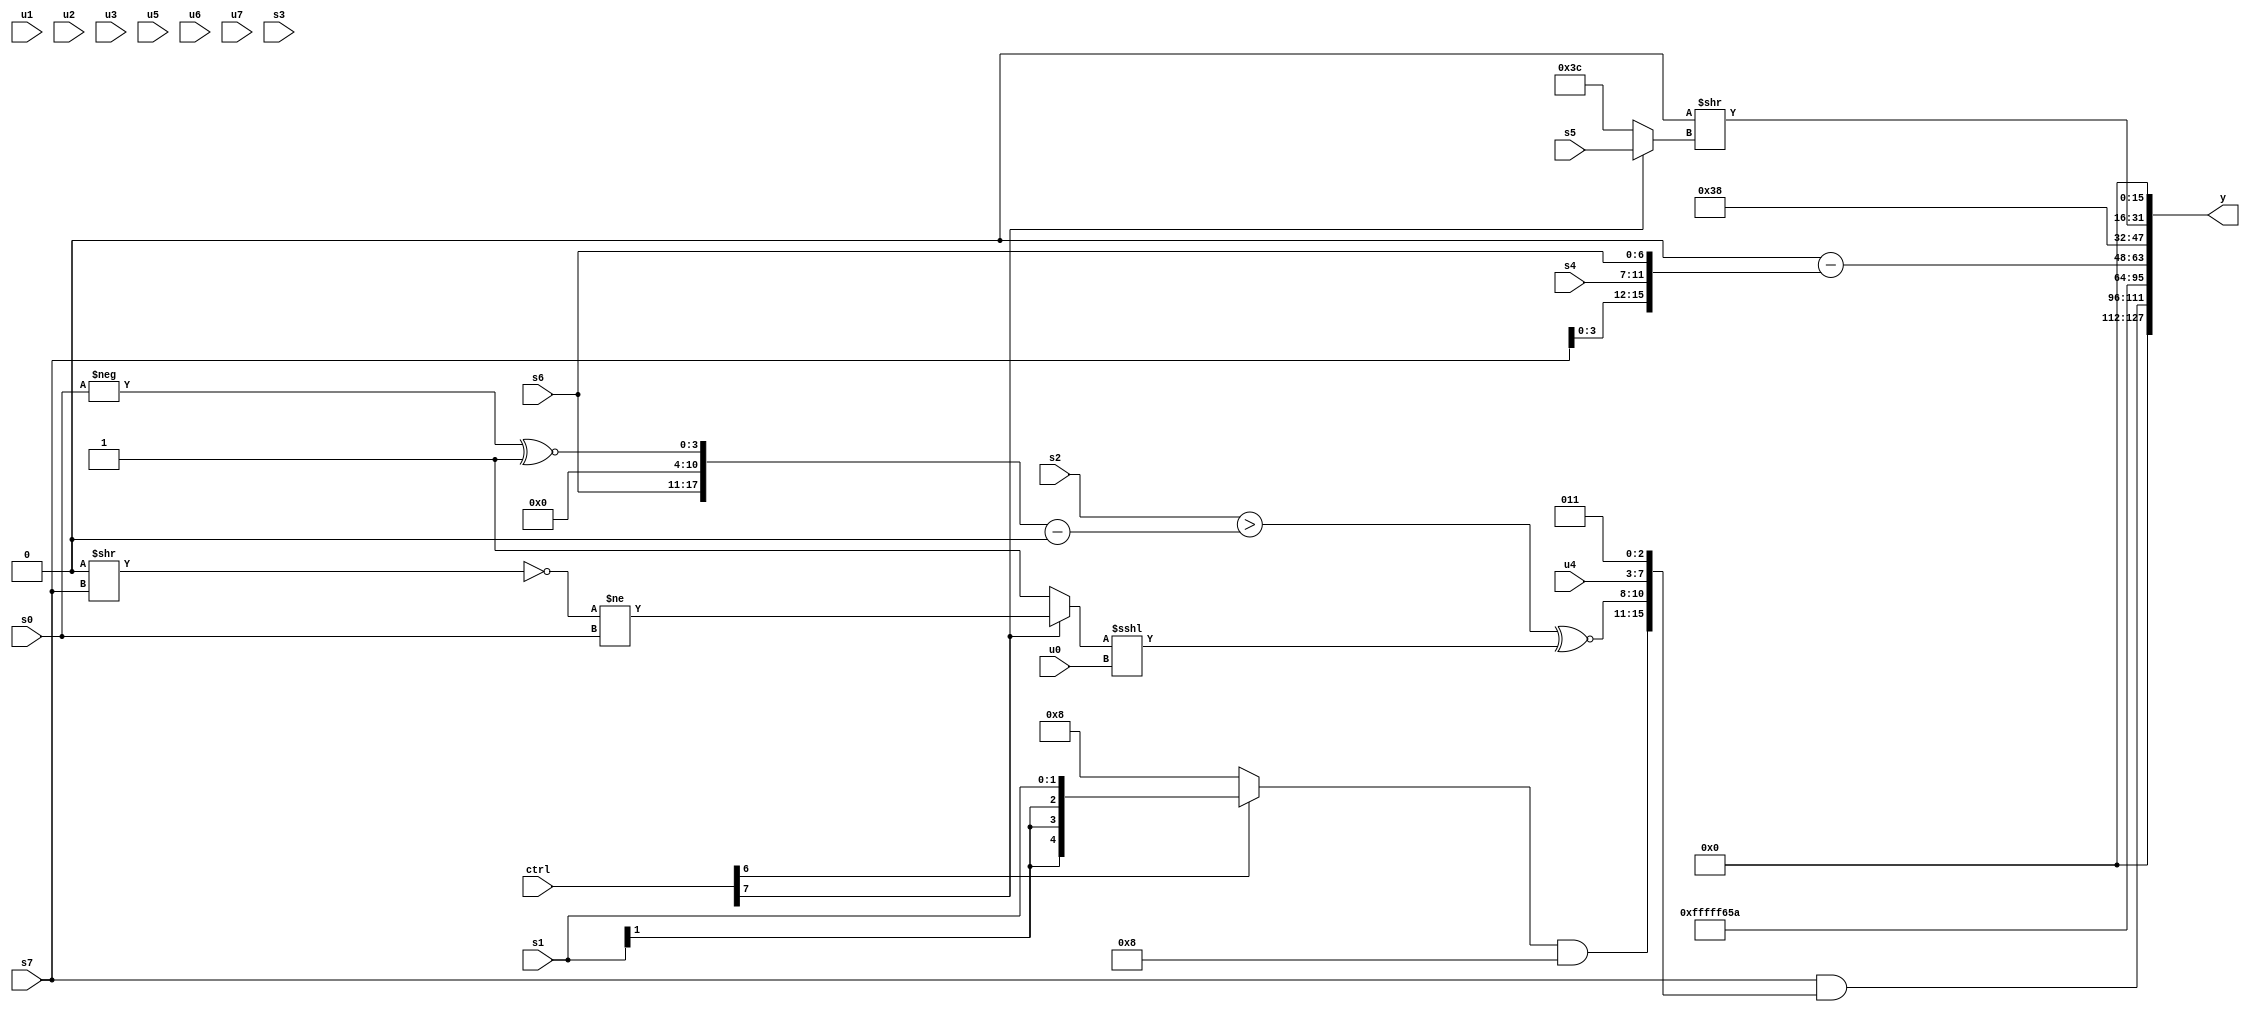
module wideexpr_00855(ctrl, u0, u1, u2, u3, u4, u5, u6, u7, s0, s1, s2, s3, s4, s5, s6, s7, y);
  input [7:0] ctrl;
  input [0:0] u0;
  input [1:0] u1;
  input [2:0] u2;
  input [3:0] u3;
  input [4:0] u4;
  input [5:0] u5;
  input [6:0] u6;
  input [7:0] u7;
  input signed [0:0] s0;
  input signed [1:0] s1;
  input signed [2:0] s2;
  input signed [3:0] s3;
  input signed [4:0] s4;
  input signed [5:0] s5;
  input signed [6:0] s6;
  input signed [7:0] s7;
  output [127:0] y;
  wire [15:0] y0;
  wire [15:0] y1;
  wire [15:0] y2;
  wire [15:0] y3;
  wire [15:0] y4;
  wire [15:0] y5;
  wire [15:0] y6;
  wire [15:0] y7;
  assign y = {y0,y1,y2,y3,y4,y5,y6,y7};
  assign y0 = 2'sb00;
  assign y1 = (s7)&({((ctrl[6]?s1:6'sb101000))&(($signed({1{6'sb111111}}))<<<((+(1'sb1))^(4'sb1100))),{((s2)>(({s6,4'sb0000,3'sb000,(-(s0))^~(4'sb1111)})-(1'sb0)))^~(((ctrl[7]?(!((1'sb0)>>(s7)))!=(s0):3'sb001))<<<(u0)),u4,2'sb01,1'sb1}});
  assign y2 = $signed(4'sb1111);
  assign y3 = (((($signed(3'b111))-($signed(1'b0)))>>>(~(1'sb0)))>>($unsigned($unsigned({5'sb11100,5'sb00001}))))|(-({2{6'sb100110}}));
  assign y4 = ({2'sb00})-({1{{{+(s7),+(s4)},s6}}});
  assign y5 = (+(6'sb011100))<<(1'sb1);
  assign y6 = (3'sb000)>>($unsigned($unsigned($signed((ctrl[7]?s5:4'sb1100)))));
  assign y7 = 1'b0;
endmodule